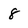
Character: 8